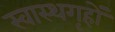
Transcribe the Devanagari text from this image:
स्वास्थगृहों